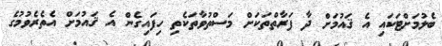
ބެލުމަށްޓަކައި އެ ޤައުމަށް ދާ ފަރާތްތަކަށް މަސްތުވާތަކެތި ހިފައިގެން އެ ޤައުމަށް އެތެރެވުމުގެ